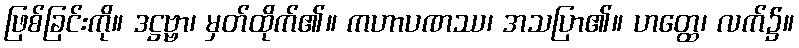
ဖြစ်ခြင်းကို။ ဒဋ္ဌဗ္ဗာ၊ မှတ်ထိုက်၏။ ကဟာပဏဿ၊ အသပြာ၏။ ဟတ္ထေ၊ လက်၌။